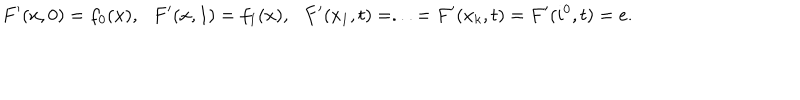
F ^ { \prime } ( x , 0 ) = f _ { 0 } ( x ) , \: \: \: F ^ { \prime } ( x , 1 ) = f _ { 1 } ( x ) , \: \: \: F ^ { \prime } ( x _ { 1 } , t ) = . . . = F ^ { \prime } ( x _ { k } , t ) = F ^ { \prime } ( i ^ { 0 } , t ) = e .